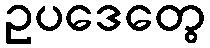
ဥပဒေတွေ